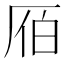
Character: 𠩡